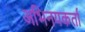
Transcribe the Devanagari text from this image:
अभिनयकर्ता